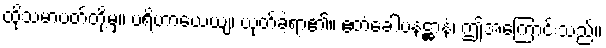
ထိုသမာပတ်တို့မှ။ ပရိဟာယေယျ၊ ယုတ်ခဲ့ရာ၏။ ဧတံခေါပနဋ္ဌာနံ၊ ဤအကြောင်းသည်။